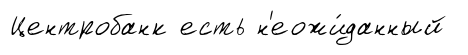
Центробанк есть н'еожи́данный